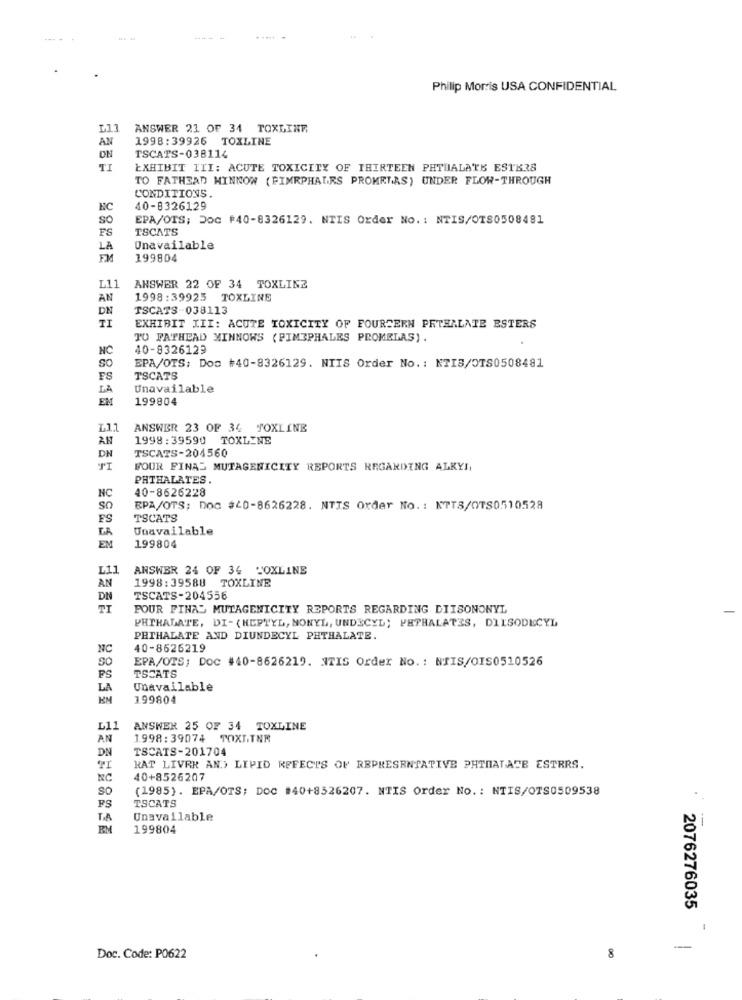
----
Philip Morris USA CONFIDENTIAL
ANSWER 21 OF 34 TOXLINE
AN
1998:39926 TOXLINE
DN
TSCATS-038114
EXHIBIT III: ACUTE TOXICITY OF THIRTEEN PHTHALATES ESTERS
TO FATHEAD MINNOW (FIMRPHALES PROMELAS) UNDER FLOW-THROUGH
CONDITIONS.
NC
40-8326129
SO
EPA/OTS; Doc #40-8326129. NTIS Order No. : NTIS/OTS0508481
FS
TSCATS
LA
Unavailable
FM
199804
L11
ANSWER 22 OF 34 TOXLINZ
AN
1998:39925 TOXLINE
DN
TSCATS-038113
EXHIBIT III: ACUTE TOXICITY OF FOURCERN PRTHALATE ESTERS
TO FATHEAD MINNOWS ( PIM3PHALES PROMELAS) .
NC
40-8326129
SO
EPA/OTS: Doo +40-8326129. NIIS Order No .: NTIS/OTS0508481
FS
TSCATS
LA
Unavailable
EM
199804
L1.1
ANSWER 23 OF 34 TOXLINE
AN
1998:39590 TOXLINE
DN
TSCATS-204560
FOUR FINAL MUTAGENICITY REPORTS REGARDING ALKYS,
PHTHALATES .
NC
40-8626228
SO
EPA/OTS; DOC #40-8626228. NTIS Order No .: NTTS/OTS0510528
FS
TSCATS
LA
Unavailable
EM
199804
L11
ANSWER 24 OF 34 TOXLINE
AN
1998:39588 TOXLINE
DN
TSCATS-204556
FOUR FINAL MUTAGENICITY REPORTS REGARDING DIISONONYL
PHTHALATE, DI- (HEPTYL, NONYL, UNDECYL; PHTHALATES, DIISODECYL
PHTHALATE AND DIUNDECYL PHTHALATE.
NO
40-8626219
SO
EPA/OTS; DOC #40-8626219. ITIS Order No .: NTIS/OIS0510526
FS
TSCATS
LA
Unavailable
199804
L11
ANSWER 25 OF 34 TOXLINE
AN
1998: 39074 TOXI.TNR
DN
TSCATS-201704
RAT LIVRE AND LIPID REFECTS OF REPRESENTATIVE PHIMATATE ESTRRS.
NC
40+8526207
SO
(1985). EPA/OTS; DOC #40+8526207. NTIS Order No. : NTIS/OTS0509538
FS
TSCATS
T.A
Unavailable
RM
199804
2076276035
1
-
Doc. Code: P0622
8